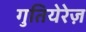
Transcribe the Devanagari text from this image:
गुतियेरेज़